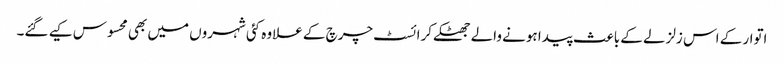
اتوار کے اس زلزلے کے باعث پیدا ہونے والے جھٹکے کرائسٹ چرچ کے علاوہ کئی شہروں میں بھی محسوس کیے گئے۔